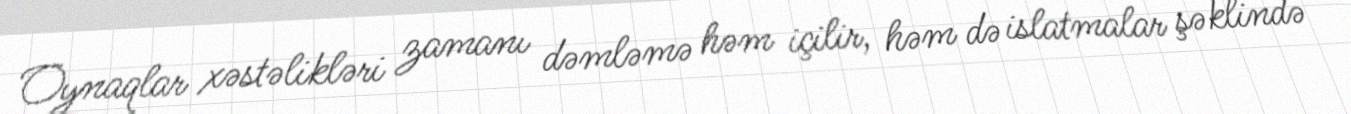
Oynaqlar xəstəlikləri zamanı dəmləmə həm içilir, həm də islatmalar şəklində